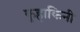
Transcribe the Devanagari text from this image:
कुहाकिनी